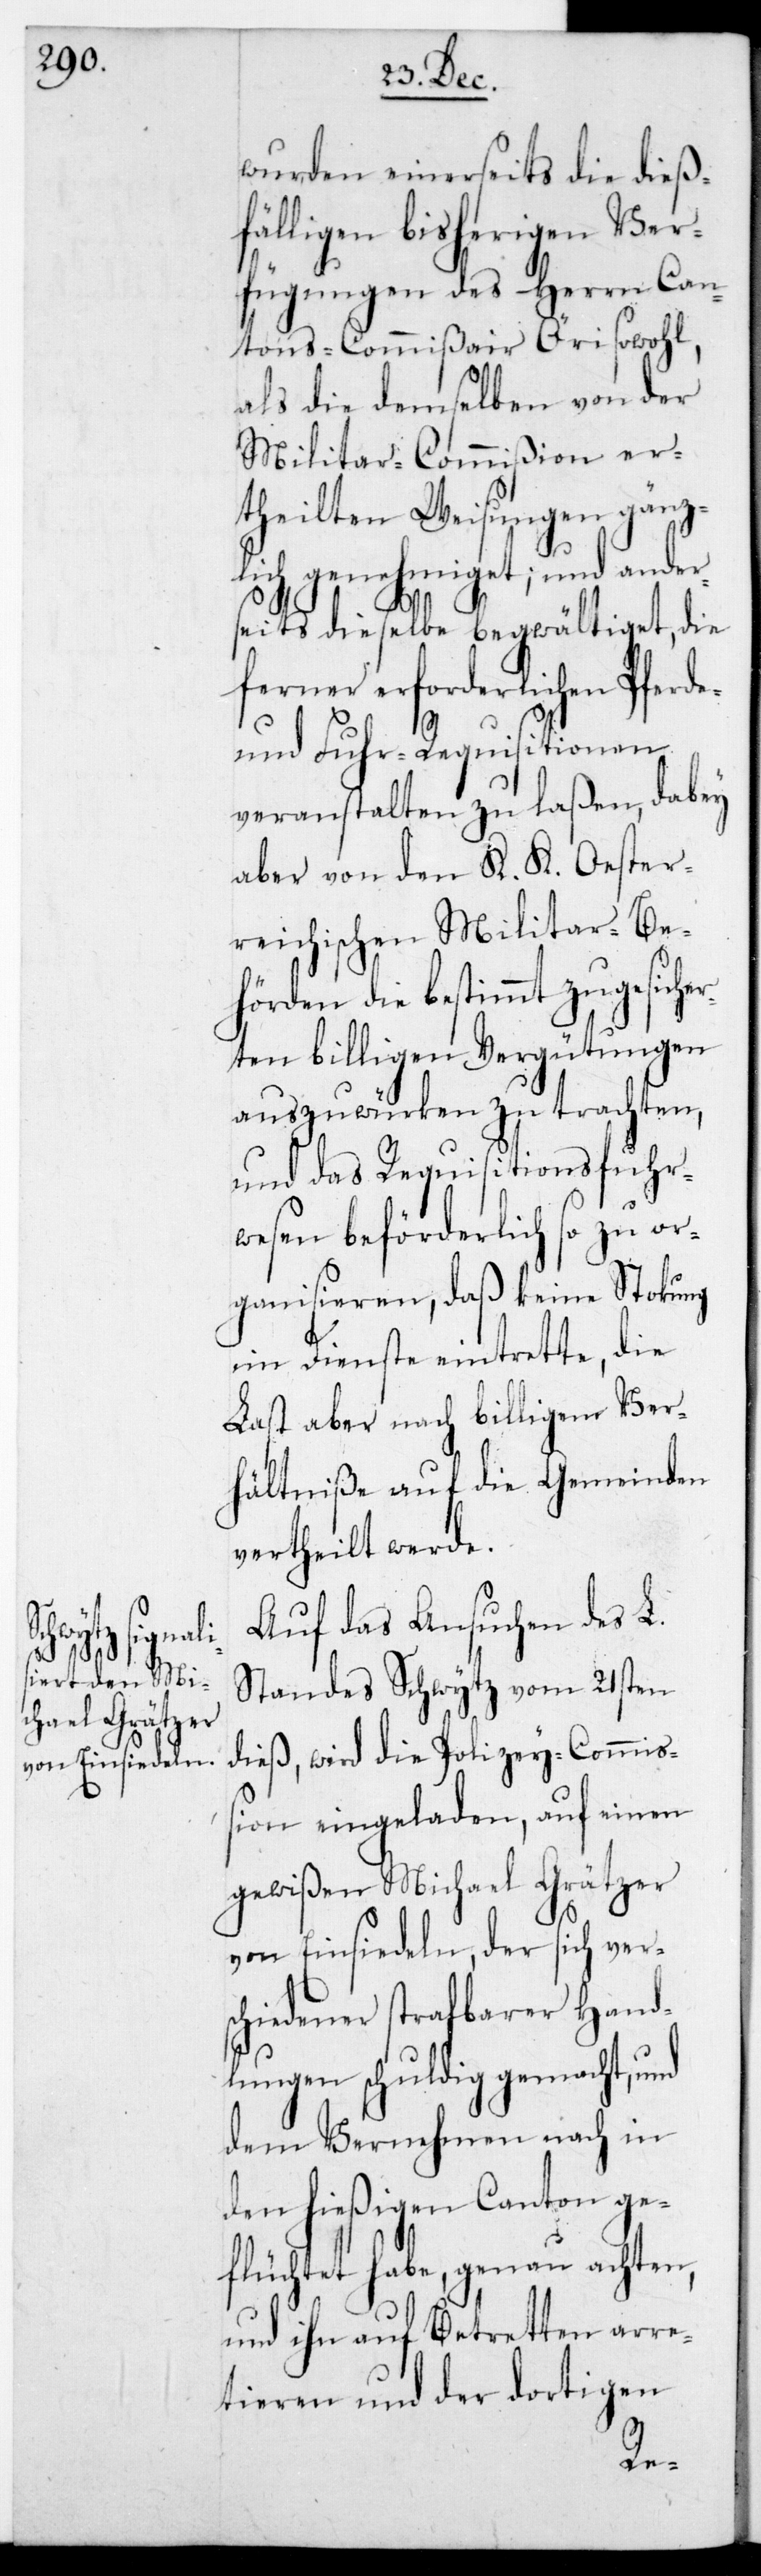
wurden einerseits die dießf¬
älligen bisherigen Ver¬
fügungen des Herrn Can¬
tons-Commißair Öri sowohl,
als die demselben von der
Militar-Commißion er¬
theilten Weisungen gänz¬
lich genehmiget; und ander¬
seits dieselbe begwältiget, die
erforderlichen Pferd¬
und Fuhr-Requisitionen
veranstalten zu laßen, dabey
aber von den K. K. Oester¬
reichischen Militarbe¬
hörden die bestimmt zugesicher¬
eten billigen Vergütungen
auszuwürken zu trachten,
und das Requisitionsfuhr¬
wesen beförderlich so zu or¬
ganisieren, daß keine Stockung
im Dienste eintrette, die
Last aber nach billigem Ver¬
hältniße auf die Gemeinden
vertheilt werde.
Auf das Ansuchen des L.
Standes Schwytz vom 21sten
dieß, wird die Polizeycommiß¬
ion eingeladen, auf einen
gewißen Michael Grätzer
von Einsiedeln, der sich vers¬
chiedener strafbarer Hand¬
lungen schuldig gemacht, und
dem Vernehmen nach in
den hießigen Canton ge¬
flüchtet habe, genau achten,
und ihn auf Betretten arre¬
tieren und der dortigen
e-